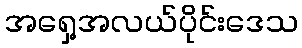
အရှေ့အလယ်ပိုင်းဒေသ